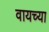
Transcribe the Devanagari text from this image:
वायच्या